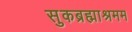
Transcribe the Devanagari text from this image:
सुकब्रह्माश्रमम